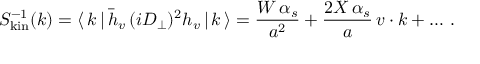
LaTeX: S _ { \mathrm { k i n } } ^ { - 1 } ( k ) = \langle \, k \, | \, \bar { h } _ { v } \, ( i D _ { \perp } ) ^ { 2 } h _ { v } \, | \, k \, \rangle = { \frac { W \, \alpha _ { s } } { a ^ { 2 } } } + { \frac { 2 X \, \alpha _ { s } } { a } } \, v \cdot k + \dots \, .